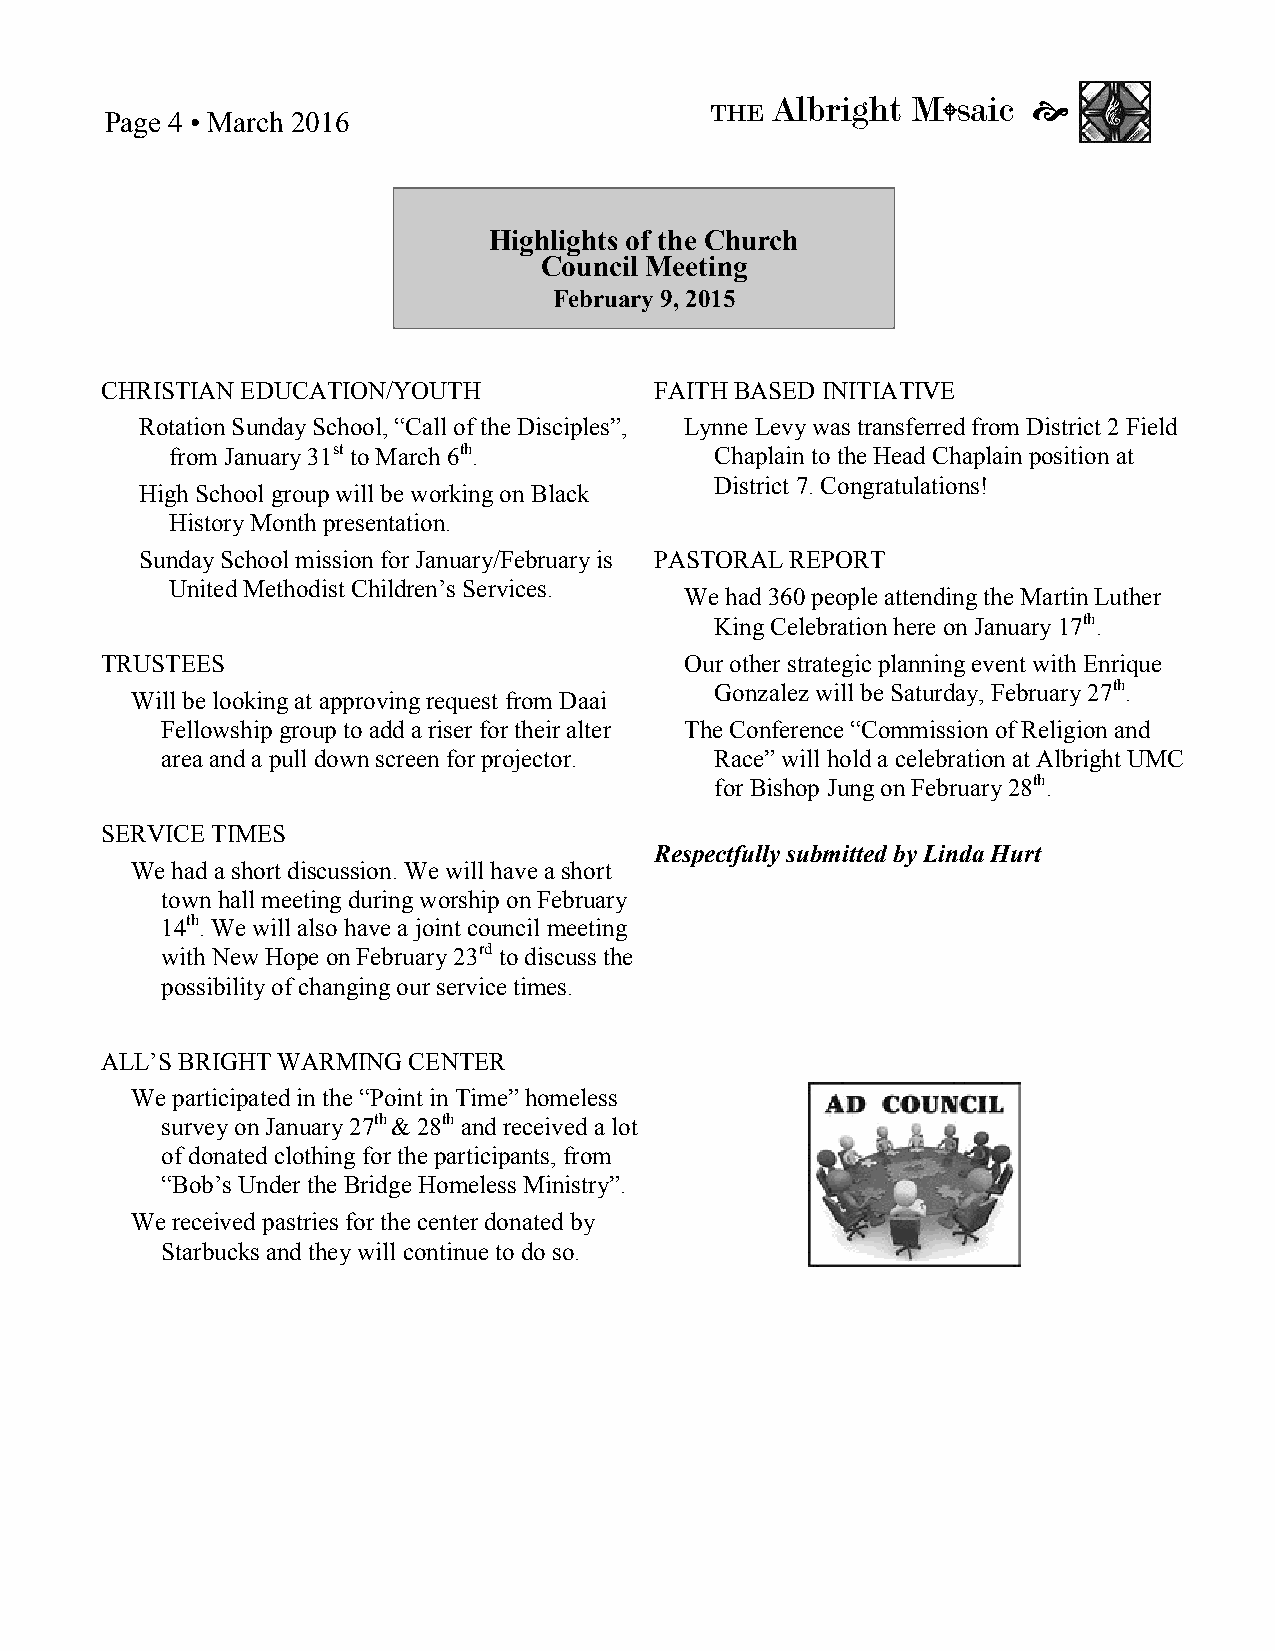
Albright M  saic 
 THE            
 Page 4 • March 2016
 Highlights of the Church
 Council Meeting
 February 9, 2015
 CHRISTIAN EDUCATION/YOUTH           FAITH BASED INITIATIVE
 Rotation Sunday School, “Call of the Disciples”, Lynne Levy was transferred from District 2 Field
 from January 31st to March 6th.     Chaplain to the Head Chaplain position at
 District 7. Congratulations!
 High School group will be working on Black
 History Month presentation.
 Sunday School mission for January/February is PASTORAL REPORT
 United Methodist Children’s Services.
 We had 360 people attending the Martin Luther
 King Celebration here on January 17th.
 TRUSTEES                              Our other strategic planning event with Enrique
 Gonzalez will be Saturday, February 27th.
 Will be looking at approving request from Daai
 Fellowship group to add a riser for their alter The Conference “Commission of Religion and
 area and a pull down screen for projector. Race” will hold a celebration at Albright UMC
 for Bishop Jung on February 28th.
 SERVICE TIMES
 Respectfully submitted by Linda Hurt
 We had a short discussion. We will have a short
 town hall meeting during worship on February
 14th. We will also have a joint council meeting
 with New Hope on February 23rd to discuss the
 possibility of changing our service times.
 ALL’S BRIGHT WARMING CENTER
 We participated in the “Point in Time” homeless
 survey on January 27th & 28th and received a lot
 of donated clothing for the participants, from
 “Bob’s Under the Bridge Homeless Ministry”.
 We received pastries for the center donated by
 Starbucks and they will continue to do so.